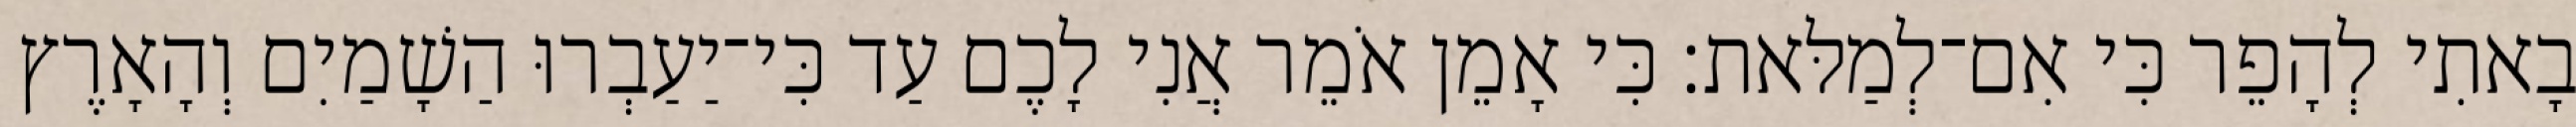
בָאתִי לְהָפֵר כִּי אִם־לְמַלּאת׃ כִּי אָמֵן אֹמֵר אֲנִי לָכֶם עַד כִּי־יַעַבְרוּ הַשָׁמַיִם וְהָאָרֶץ